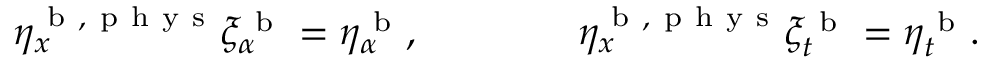
\eta _ { x } ^ { \mathrm { ~ b ~ } , \mathrm { ~ p ~ h ~ y ~ s ~ } } \xi _ { \alpha } ^ { \mathrm { ~ b ~ } } = \eta _ { \alpha } ^ { \mathrm { ~ b ~ } } , \qquad \qquad \eta _ { x } ^ { \mathrm { ~ b ~ } , \mathrm { ~ p ~ h ~ y ~ s ~ } } \xi _ { t } ^ { \mathrm { ~ b ~ } } = \eta _ { t } ^ { \mathrm { ~ b ~ } } .